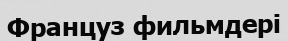
Француз фильмдері